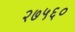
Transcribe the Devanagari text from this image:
२७५६०